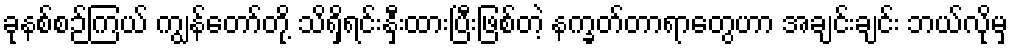
ခုနစ်စဉ်ကြယ် ကျွန်တော်တို့ သိရှိရင်းနှီးထားပြီးဖြစ်တဲ့ နက္ခတ်တာရာတွေဟာ အချင်းချင်း ဘယ်လိုမှ